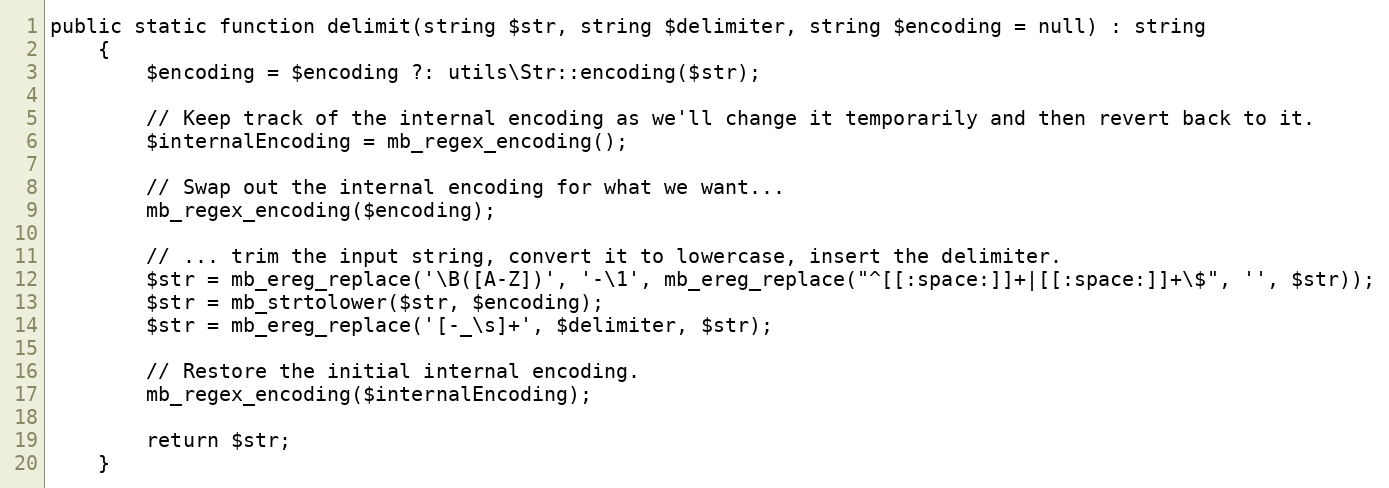
Language: PHP
public static function delimit(string $str, string $delimiter, string $encoding = null) : string
    {
        $encoding = $encoding ?: utils\Str::encoding($str);

        // Keep track of the internal encoding as we'll change it temporarily and then revert back to it.
        $internalEncoding = mb_regex_encoding();

        // Swap out the internal encoding for what we want...
        mb_regex_encoding($encoding);

        // ... trim the input string, convert it to lowercase, insert the delimiter.
        $str = mb_ereg_replace('\B([A-Z])', '-\1', mb_ereg_replace("^[[:space:]]+|[[:space:]]+\$", '', $str));
        $str = mb_strtolower($str, $encoding);
        $str = mb_ereg_replace('[-_\s]+', $delimiter, $str);

        // Restore the initial internal encoding.
        mb_regex_encoding($internalEncoding);

        return $str;
    }